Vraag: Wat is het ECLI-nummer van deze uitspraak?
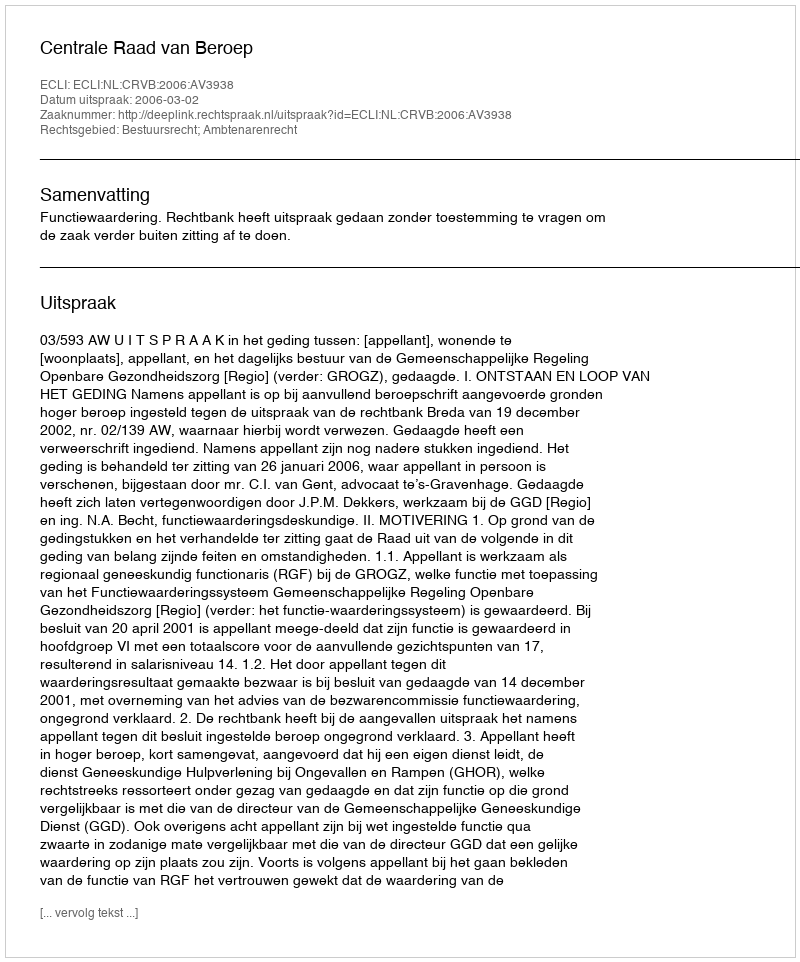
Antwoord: ECLI:NL:CRVB:2006:AV3938